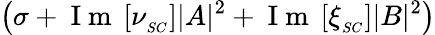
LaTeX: \left(\sigma+\mathrm{~I~m~}\left[\nu_{_{SC}}\right]|A|^{2}+\mathrm{~I~m~}\left[\xi_{_{SC}}\right]|B|^{2}\right)